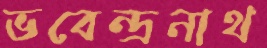
ভবেন্দ্রনাথ